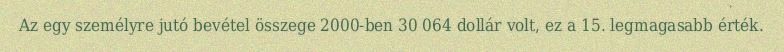
Az egy személyre jutó bevétel összege 2000-ben 30 064 dollár volt, ez a 15. legmagasabb érték.